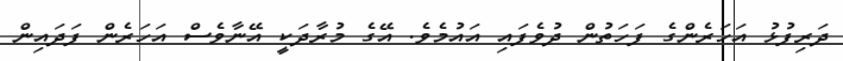
ދަރިފުޅު އަހަރެންގެ ފަހަތުން ދުވެފައި އައުމެވެ. އޭގެ މުރާދަކީ އޭނާވެސް އަހަރެން ފަދައިން